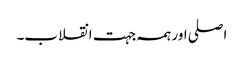
اصلی اور ہمہ جہت انقلاب۔